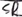
Text: SR